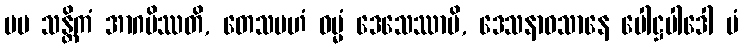
မမ သန္တိကံ အာဂမိဿတိ, တေသမဟံ ဓမ္မံ ဒေသေဿာမိ, ဒေသနာဝသာနေ ပေါဋ္ဌပါဒေါ မံ